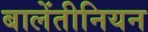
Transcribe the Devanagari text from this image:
बालेंतीनियन